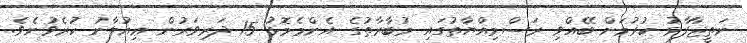
ނަތީޖާފާޅު ކުރުމަށް ބޭއްވި ރަސްމިއްޔާތުގައި މުބާރާތުގެ އެންމެމޮޅު 15 ދަރިވަރުން ޢިއުލާނު ކުރެވުނެވެ.